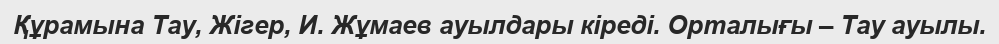
Құрамына Тау, Жігер, И. Жұмаев ауылдары кіреді. Орталығы – Тау ауылы.